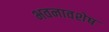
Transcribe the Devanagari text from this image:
भवनावशेष